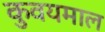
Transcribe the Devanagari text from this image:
कुवयमाल